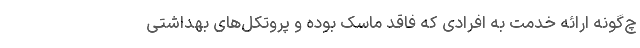
چ‌گونه ارائه خدمت به افرادی که فاقد ماسک بوده و پروتکل‌های بهداشتی